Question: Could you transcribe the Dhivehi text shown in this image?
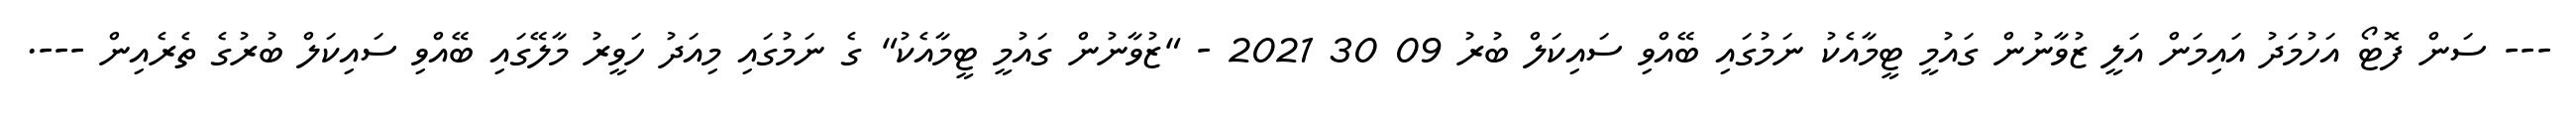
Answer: --- ސަން ފޮޓޯ އަހުމަދު އައިމަން އަލީ ޒުވާނުން ގައުމީ ޓީމާއެކު ނަމުގައި ބޭއްވި ސައިކަލް ބުރު 09 30 2021 - "ޒުވާނުން ގައުމީ ޓީމާއެކު" ގެ ނަމުގައި މިއަދު ހަވީރު މާލޭގައި ބޭއްވި ސައިކަލް ބުރުގެ ތެރެއިން ---.